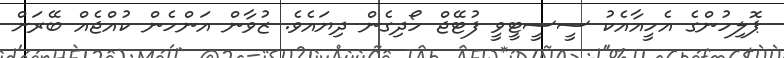
ޕޮލިހުންގެ އެހީއާއެކު ސީސީޓީވީ ފުޓޭޖް ހޯދިގެން ދިޔައެވެ. ޒުވާން އަންހެން ކުއްޖެއް ބޭރަށް